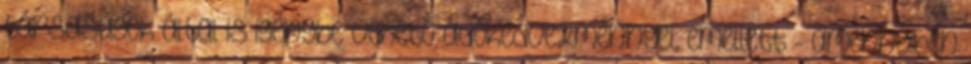
társaságok által is igénybe vehető adókedvezménnyel, emellett - amennyiben